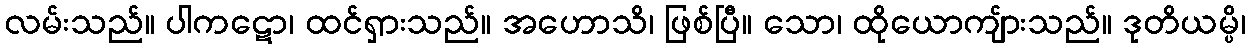
လမ်းသည်။ ပါကဋော၊ ထင်ရှားသည်။ အဟောသိ၊ ဖြစ်ပြီ။ သော၊ ထိုယောကျ်ားသည်။ ဒုတိယမ္ပိ၊